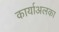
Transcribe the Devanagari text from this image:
कार्याअलका